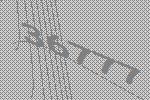
36777